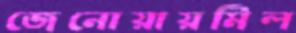
জেনোয়ায়মিল